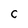
Character: C